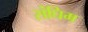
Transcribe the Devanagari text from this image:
संघिम